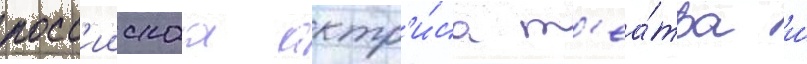
росс'иискаа актр'и́са т'еа́тра и́